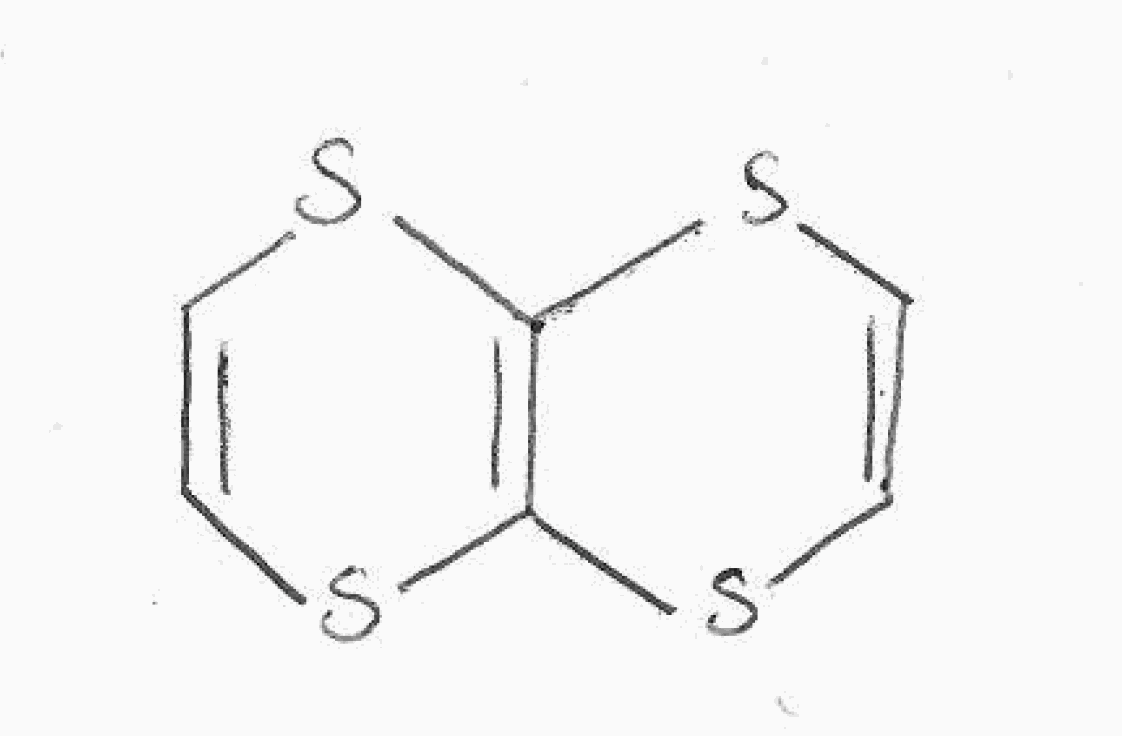
Simplified molecular-input line-entry system (SMILES) notation of the given molecule:
C1=CSC2=C(S1)SC=CS2